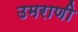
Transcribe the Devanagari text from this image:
उमराणी